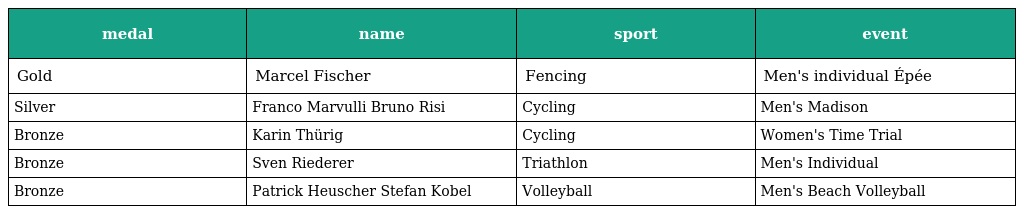
| medal | name | sport | event |
 | --- | --- | --- | --- |
 | Gold | Marcel Fischer | Fencing | Men's individual Épée |
 | Silver | Franco Marvulli Bruno Risi | Cycling | Men's Madison |
 | Bronze | Karin Thürig | Cycling | Women's Time Trial |
 | Bronze | Sven Riederer | Triathlon | Men's Individual |
 | Bronze | Patrick Heuscher Stefan Kobel | Volleyball | Men's Beach Volleyball |